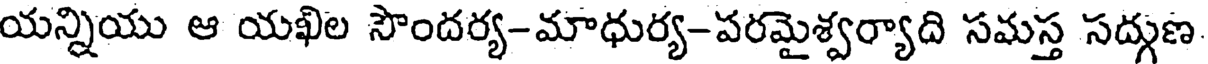
యన్నియు ఆ యఖిల సౌందర్య-మాధుర్య-పరమైశ్వర్యాది సమస్త సద్గుణ